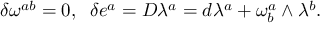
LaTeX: \delta \omega ^ { a b } = 0 , \; \; \delta e ^ { a } = D \lambda ^ { a } = d \lambda ^ { a } + \omega _ { b } ^ { a } \wedge \lambda ^ { b } .